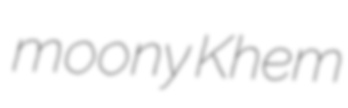
moony Khem